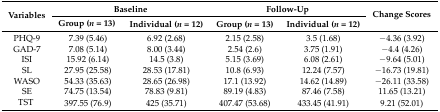
| <ROWSPAN=2> Variables | <COLSPAN=2> Baseline | <COLSPAN=2> Follow-Up | <ROWSPAN=2> Change Scores |
 | Group (n = 13) | Individual (n = 12) | Group (n = 13) | Individual (n = 12) |
 | --- | --- | --- | --- | --- | --- |
 | PHQ-9 | 7.39 (5.46) | 6.92 (2.68) | 2.15 (2.58) | 3.5 (1.68) | −4.36 (3.92) |
 | GAD-7 | 7.08 (5.14) | 8.00 (3.44) | 2.54 (2.6) | 3.75 (1.91) | −4.4 (4.26) |
 | ISI | 15.92 (6.14) | 14.5 (3.8) | 5.15 (3.69) | 6.08 (2.61) | −9.64 (5.01) |
 | SL | 27.95 (25.58) | 28.53 (17.81) | 10.8 (6.93) | 12.24 (7.57) | −16.73 (19.81) |
 | WASO | 54.33 (35.63) | 28.65 (26.98) | 17.1 (13.92) | 14.62 (14.89) | −26.11 (33.58) |
 | SE | 74.75 (13.54) | 78.83 (9.81) | 89.19 (4.83) | 87.46 (7.58) | 11.65 (13.21) |
 | TST | 397.55 (76.9) | 425 (35.71) | 407.47 (53.68) | 433.45 (41.91) | 9.21 (52.01) |